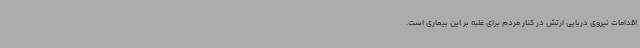
اقدامات نیروی دریایی ارتش در کنار مردم برای غلبه بر این بیماری است.